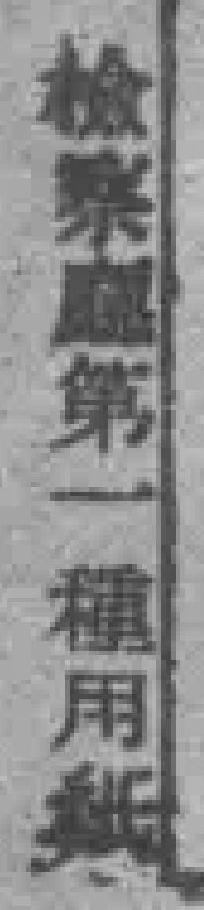
检察第一種用纸